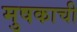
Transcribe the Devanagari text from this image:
मुषकाची